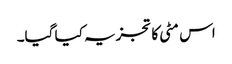
اس مٹی کا تجزیہ کیا گیا۔